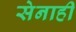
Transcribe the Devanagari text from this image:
सेनाही